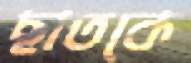
ছাতকে